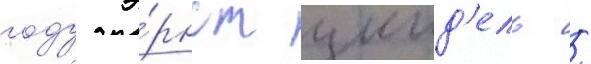
году э́рнст цинд'ель /